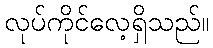
လုပ်ကိုင်လေ့ရှိသည်။